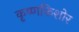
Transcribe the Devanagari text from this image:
कृष्णकिशोर